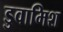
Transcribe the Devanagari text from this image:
डुवामिश